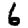
Digit: 6